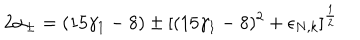
2 \alpha _ { \pm } = ( 1 5 \gamma _ { 1 } - 8 ) \pm [ ( 1 5 \gamma _ { 1 } - 8 ) ^ { 2 } + \epsilon _ { N , k } ] ^ { \frac 1 2 }